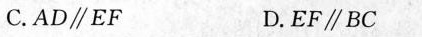
C. AD\parallelEF D.EF\parallelBC